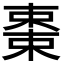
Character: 𬃷